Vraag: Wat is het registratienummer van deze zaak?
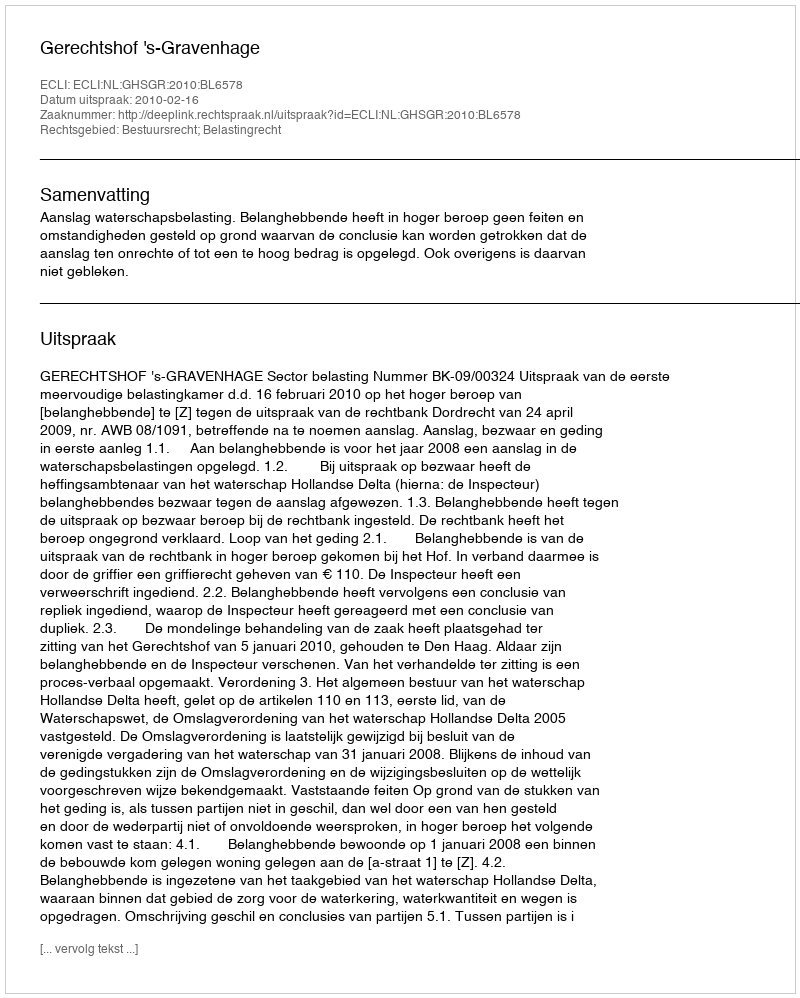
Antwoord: http://deeplink.rechtspraak.nl/uitspraak?id=ECLI:NL:GHSGR:2010:BL6578